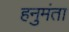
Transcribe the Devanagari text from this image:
हनुमंता